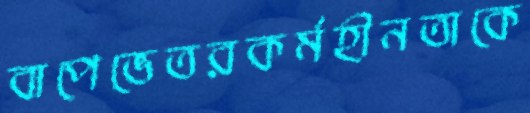
বাপেভেতরকর্মহীনতাকে